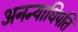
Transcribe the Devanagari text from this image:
अनन्याधिपति